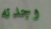
وجدته